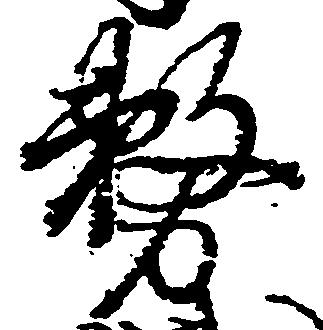
務